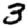
Digit: 3